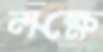
লক্ষে